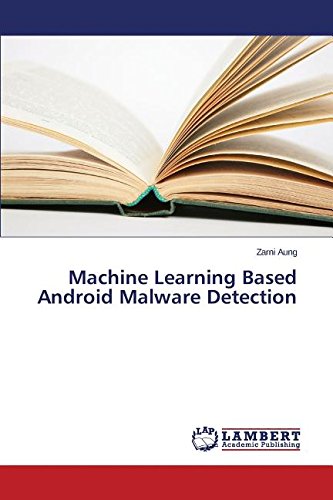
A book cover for Machine Learning Based Android Malware Detection; Aung Zarni; Computers & Technology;